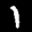
Digit: 1